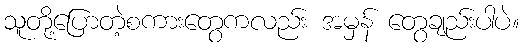
သူတို့ပြောတဲ့စကားတွေကလည်း အမှန် တွေချည်းပါပဲ။